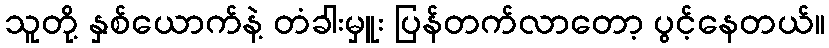
သူတို့ နှစ်ယောက်နဲ့ တံခါးမှူး ပြန်တက်လာတော့ ပွင့်နေတယ်။